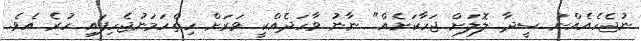
ނުޖެހެއެއްނު ސީދާ ލޮލަށް ޖަހާކަށެއް" ނާނު ވާހަދެއްކީ ވަރަށް ހިތްހަމަނުޖެހިފައި ހުރެ އެވެ.